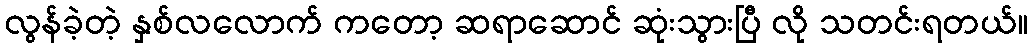
လွန်ခဲ့တဲ့ နှစ်လလောက် ကတော့ ဆရာဆောင် ဆုံးသွားပြီ လို သတင်းရတယ်။